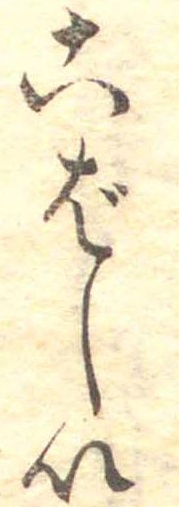
こばしい